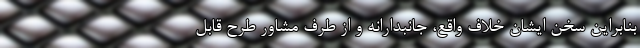
بنابراین سخن ایشان خلافِ واقع، جانبدارانه و از طرف مشاور طرح قابل